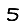
Digit: 5